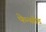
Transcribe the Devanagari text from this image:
फेन्सोड